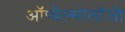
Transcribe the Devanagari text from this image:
ऑप्थैल्मोलॉजी